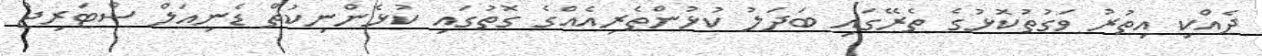
ދެއްކި އިތުރު ވަގުތުކޮޅުގެ ތެރޭގައި ބަދަލު ކުޅުންތެރިއެއްގެ ގޮތުގައި ކުޅެންނިކުތް ޑެނިއަލް ސްޓަރިޖް